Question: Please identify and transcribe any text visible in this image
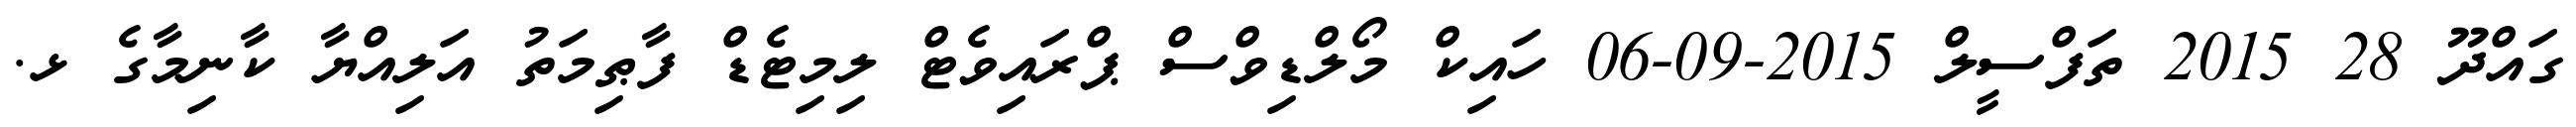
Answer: ގައްދޫ 28 2015 ތަފްސީލް 2015-09-06 ހައިކް މޯލްޑިވްސް ޕްރައިވެޓް ލިމިޓެޑް ފާޠިމަތު އަލިއްޔާ ކާނިމާގެ ޅ.